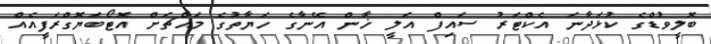
ބޮލީވުޑްގެ ކުޅަދާނަ އެކްޓަރު ސައިފް އަލީ ޚާން އޭނާގެ ހަޔާތުގެ މައްޗަށް އޮޓޯބަޔޮގްރަފީއެއް